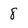
Character: 8